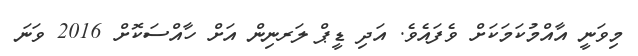
މިވަނީ އާއްމުކަމަކަށް ވެފައެވެ. އަދި ޑީޕް ލަރނިން އަށް ހާއްސަކޮށް 2016 ވަނަ